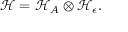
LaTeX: { \mathcal { H } } = { \mathcal { H } } _ { A } \otimes { \mathcal { H } } _ { \epsilon } .